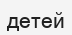
детей